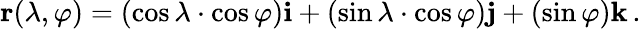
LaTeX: \mathbf{r}(\lambda,\varphi)=(\cos{\lambda}\cdot\cos{\varphi})\mathbf{i}+(\sin{\lambda}\cdot\cos{\varphi})\mathbf{j}+(\sin{\varphi})\mathbf{k}\, .